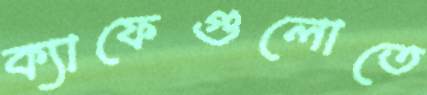
ক্যাফেগুলোতে